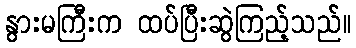
နွားမကြီးက ထပ်ပြီးဆွဲကြည့်သည်။